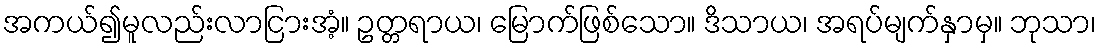
အကယ်၍မူလည်းလာငြားအံ့။ ဥတ္တရာယ၊ မြောက်ဖြစ်သော။ ဒိသာယ၊ အရပ်မျက်နှာမှ။ ဘုသာ၊